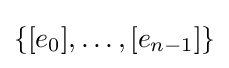
\{[e_{0}],\dotsc ,[e_{n-1}]\}